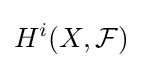
H^{i}(X,{\mathcal {F}})